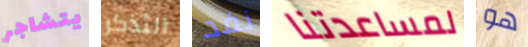
يتشاجر التذكر نفد لمساعدتنا هو